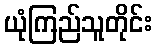
ယုံကြည်သူတိုင်း